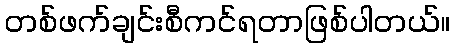
တစ်ဖက်ချင်းစီကင်ရတာဖြစ်ပါတယ်။